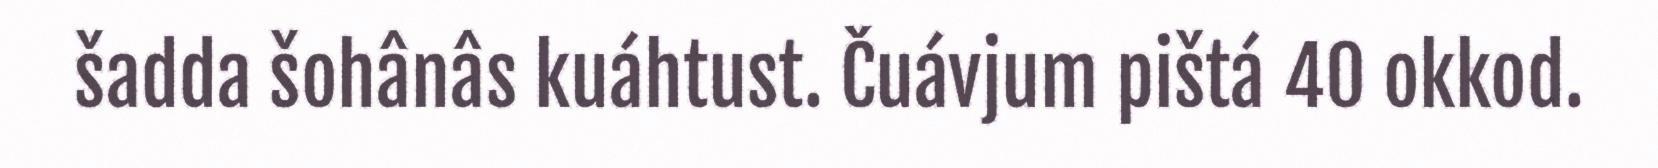
šadda šohânâs kuáhtust. Čuávjum pištá 40 okkod.